Annual report of lunatic asylums [Bombay] - 1912-1922
Year: 1912
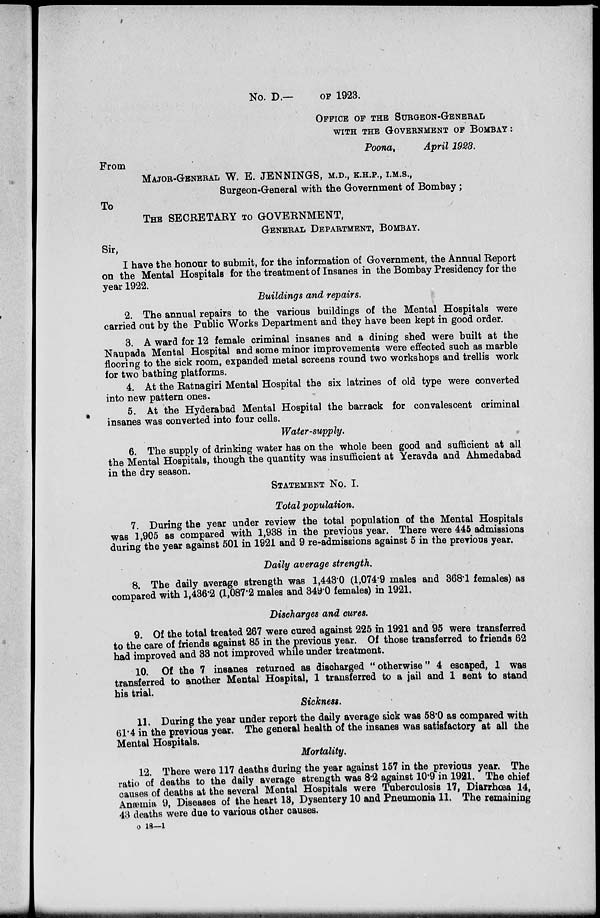
No. D.— OF 1923.
OFFICE OF THE SURGEON-GENERAL
WITH THE GOVERNMENT OF BOMBAY:
Poona,
April 1923.
From
MAJOR.GENERAL W. E. JENNINGS, M.D., K.H.P., I.M.S.,
Surgeon-General with the Government of Bombay ;
To
THE SECRETARY TO GOVERNMENT,
GENERAL DEPARTMENT, BOMBAY.
Sir,
I have the honour to submit, for the information of Government, the Annual Report
on the Mental Hospitals for the treatment of Insanes in the Bombay Presidency for the
year 1922.
Buildings and repairs.
2. The annual repairs to the various buildings of the Mental Hospitals were
carried out by the Public Works Department and they have been kept in good order.
3. A ward for 12 female criminal insanes and a dining shed were built at the
Naupada Mental Hospital and some minor improvements were effected such as marble
flooring to the sick room, expanded metal screens round two workshops and trellis work
for two bathing platforms.
4. At the Ratnagiri Mental Hospital the six latrines of old type were converted
into new pattern ones.
5. At the Hyderabad Mental Hospital the barrack for convalescent criminal
insanes was converted into four cells.
Water-supply.
6. The supply of drinking water has on the whole been good and sufficient at all
the Mental Hospitals, though the quantity was insufficient at Yeravda and Ahmedabad
in the dry season.
STATEMENT NO. I.
Total population.
7. During the year under review the total population of the Mental Hospitals
was 1,905 as compared with 1,938 in the previous year. There were 445 admissions
during the year against 501 in 1921 and 9 re-admissions against 5 in the previous year.
Daily average strength.
8. The daily average strength was 1,443.0 (1,074.9 males and 368.1 females) as
compared with 1,436.2 (1,087.2 males and 349.0 females) in 1921.
Discharges and cures.
9. Of the total treated 267 were cured against 225 in 1921 and 95 were transferred
to the care of friends against 85 in the previous year. Of those transferred to friends 62
had improved and 33 not improved while under treatment.
10. Of the 7 insanes returned as discharged "otherwise" 4 escaped, 1 was
transferred to another Mental Hospital, 1 transferred to a jail and 1 sent to stand
his trial.
Sickness.
11. During the year under report the daily average sick was 58.0 as compared with
61.4 in the previous year. The general health of the insanes was satisfactory at all the
Mental Hospitals.
Mortality.
12. There were 117 deaths during the year against 157 in the previous year. The
ratio of deaths to the daily average strength was 8.2 against 10.9 in 1921. The chief
causes of deaths at the several Mental Hospitals were Tuberculosis 17, Diarrhœa 14,
Anæmia 9, Diseases of the heart 13, Dysentery 10 and Pneumonia 11. The remaining
43 deaths were due to various other causes.
o 18—1